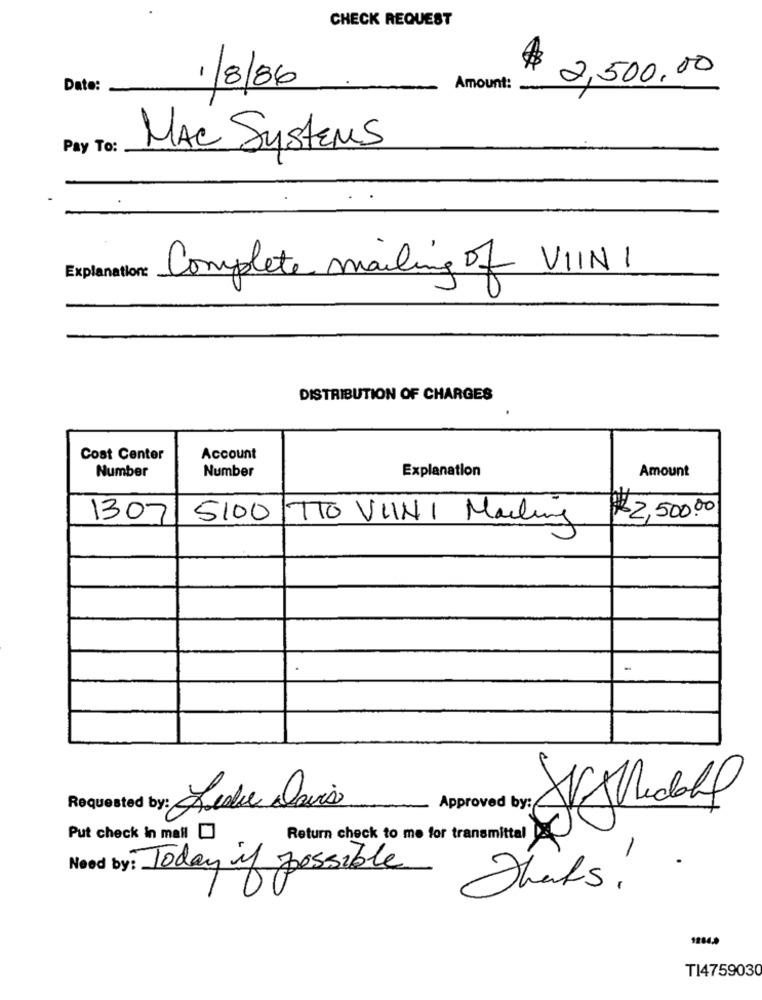
CHECK REQUEST
$ 2,500.00
Date:
1/8/86
Amount:
Pay To:
MAC Systems
Explanation:
Complete mailing of VIINI
DISTRIBUTION OF CHARGES
Cost Center
Account
Number
Number
Explanation
Amount
1307
5100 TTO VIINI Mailing
$2,500.00
Approved by:
Requested t
Put check in mall
Return check to me for transmittal
Need by: Today if possible
Thats .
1284,9
T14759030